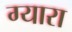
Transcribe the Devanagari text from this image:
ग्यारा